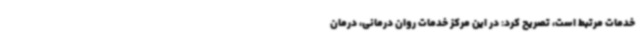
خدمات مرتبط است، تصریح کرد: در این مرکز خدمات روان درمانی، درمان